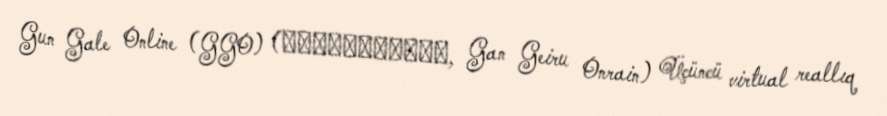
Gun Gale Online (GGO) (ガンゲイル・オンライン, Gan Geiru Onrain) Üçüncü virtual reallıq